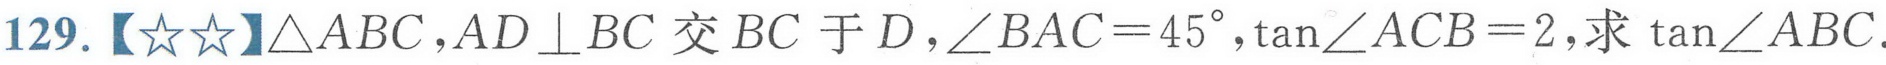
129.【☆☆】\(\triangle ABC\)，\(AD\perp BC\) 交 \(BC\) 于 \(D\)，\(\angle BAC = 45^{\circ}\)，\(\tan\angle ACB = 2\)，求 \(\tan\angle ABC\).